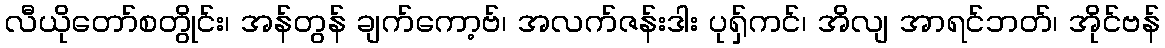
လီယိုတော်စတွိုင်း၊ အန်တွန် ချက်ကော့ဗ်၊ အလက်ဇန်းဒါး ပုရှ်ကင်၊ အိလျ အာရင်ဘတ်၊ အိုင်ဗန်